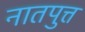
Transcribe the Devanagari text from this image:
नातपुत्त